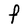
Character: F